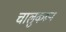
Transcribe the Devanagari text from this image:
चालुकरून